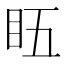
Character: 𥄬